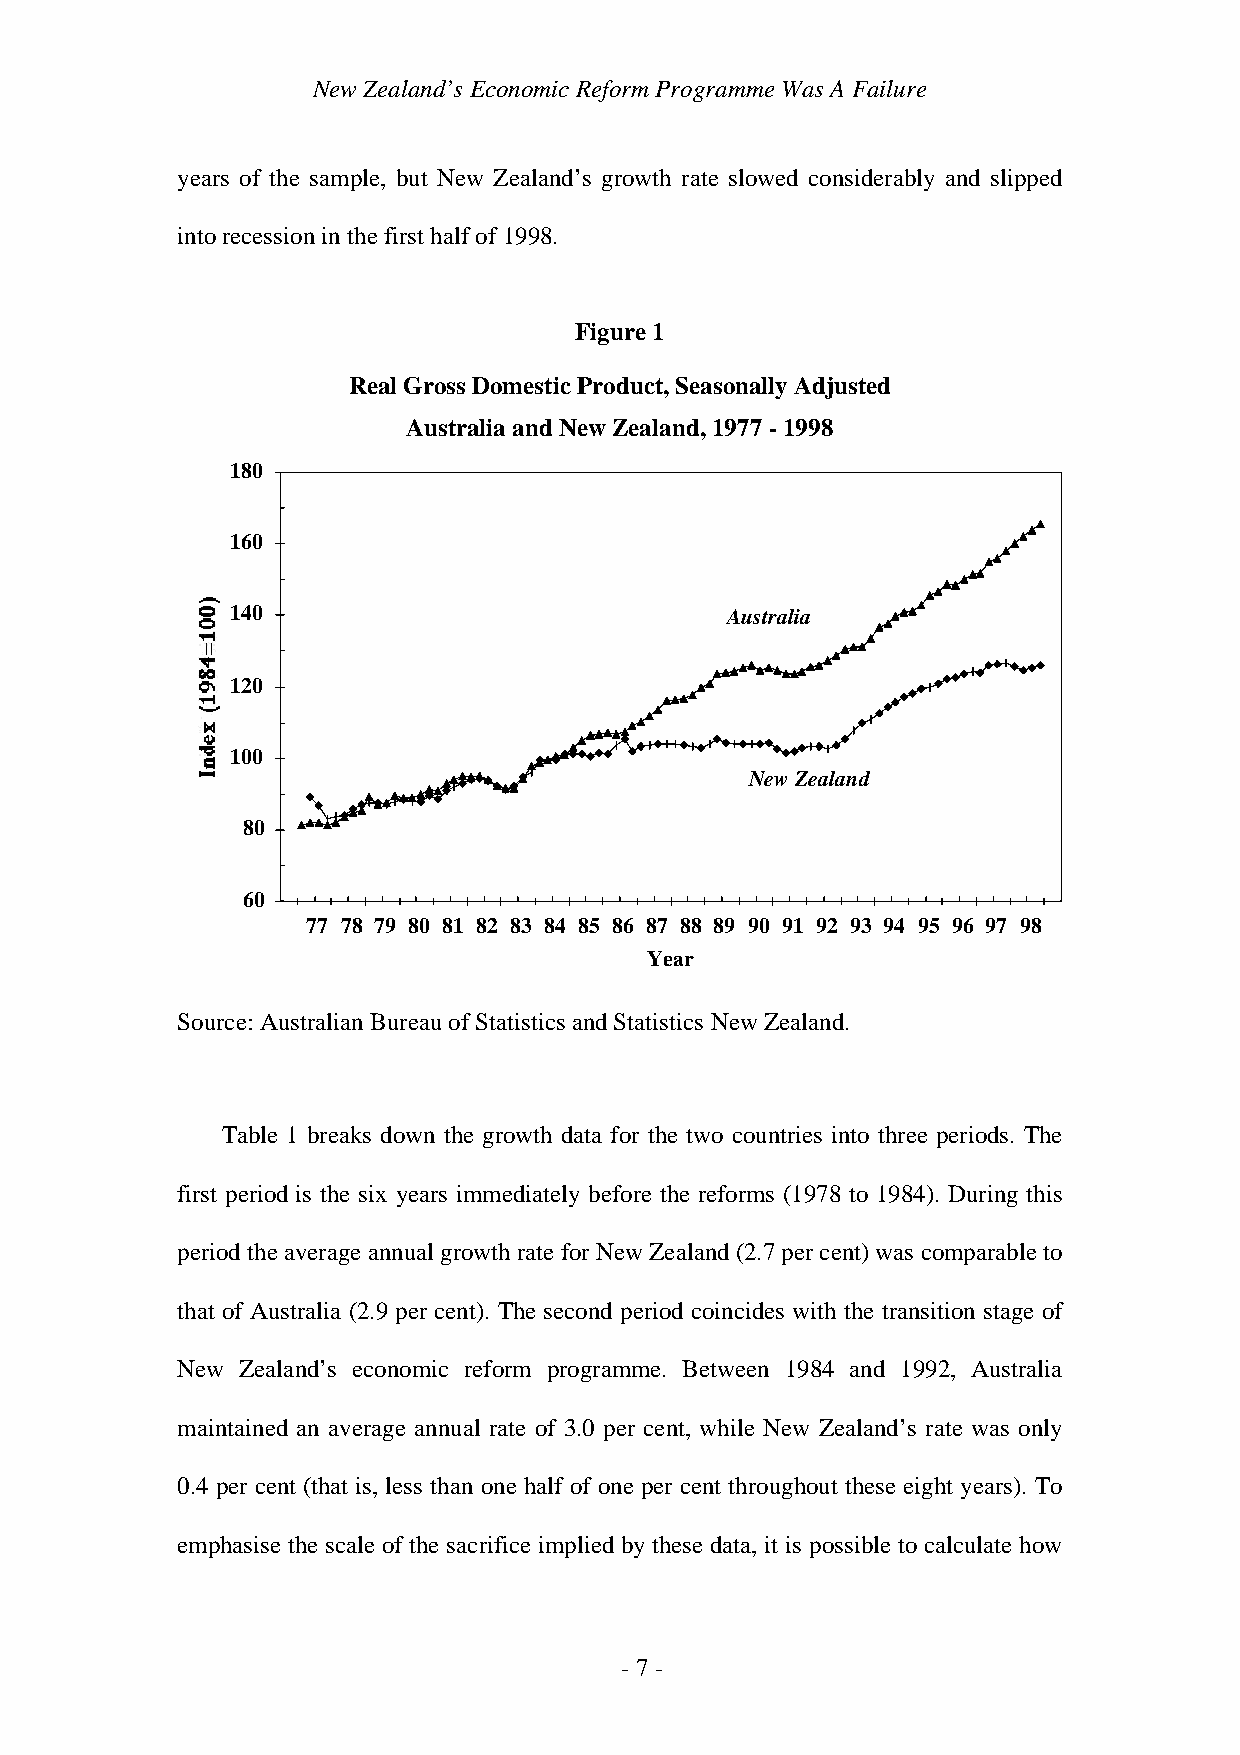
New Zealand’s Economic Reform Programme Was A Failure
 years of the sample, but New Zealand’s growth rate slowed considerably and slipped
 into recession in the first half of 1998.
 Figure 1
 Real Gross Domestic Product, Seasonally Adjusted
 Australia and New Zealand, 1977 - 1998
 180
 160
 140                              Australia
 120
 100
 New Zealand
 80
 60
 77 78 79 80 81 82 83 84 85 86 87 88 89 90 91 92 93 94 95 96 97 98
 Year
 Source: Australian Bureau of Statistics and Statistics New Zealand.
 Table 1 breaks down the growth data for the two countries into three periods. The
 first period is the six years immediately before the reforms (1978 to 1984). During this
 period the average annual growth rate for New Zealand (2.7 per cent) was comparable to
 that of Australia (2.9 per cent). The second period coincides with the transition stage of
 New Zealand’s economic reform programme. Between 1984 and 1992, Australia
 maintained an average annual rate of 3.0 per cent, while New Zealand’s rate was only
 0.4 per cent (that is, less than one half of one per cent throughout these eight years). To
 emphasise the scale of the sacrifice implied by these data, it is possible to calculate how
 - 7 -